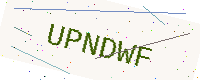
Text: UPNDWF